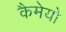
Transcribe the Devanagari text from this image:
कैमेयो